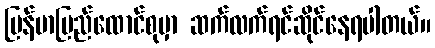
မြန်မာပြည်ထောင်စုမှာ ဆက်လက်ရင်ဆိုင်နေရပါတယ်။